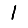
Digit: 1